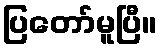
ပြတော်မူပြီ။